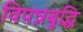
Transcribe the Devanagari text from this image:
विपन्नबुद्धि